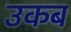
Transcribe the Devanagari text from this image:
उकब